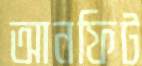
আনফিট